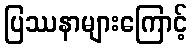
ပြဿနာများကြောင့်